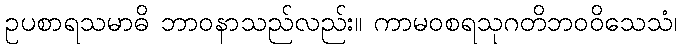
ဥပစာရသမာဓိ ဘာဝနာသည်လည်း။ ကာမဝစရသုဂတိဘဝဝိသေသံ၊